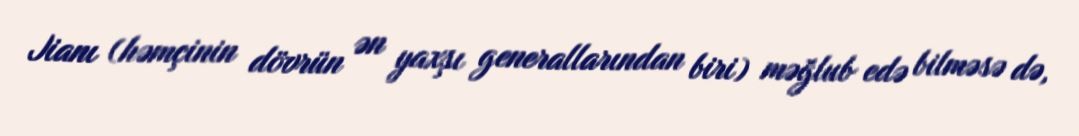
Jianı (həmçinin dövrün ən yaxşı generallarından biri) məğlub edə bilməsə də,